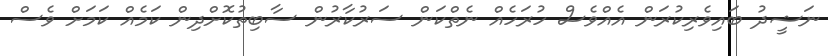
ނަޝީދު ބައިވެރިކުރަން އެއްވެސް ހުރަހެއް ނެތްކަން ސަރުކާރުން ސާބިތުކޮށްދިން ކަމެއް ކަމަށް ވެސް